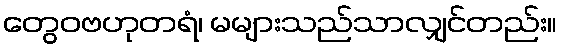
တွေဝဗဟုတရံ၊ မများသည်သာလျှင်တည်း။